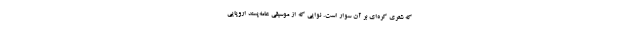
که شعری کره‌ای بر آن سوار است. نوایی که از موسیقی عامه‌پسند اروپایی